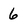
Character: 6